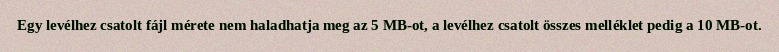
Egy levélhez csatolt fájl mérete nem haladhatja meg az 5 MB-ot, a levélhez csatolt összes melléklet pedig a 10 MB-ot.